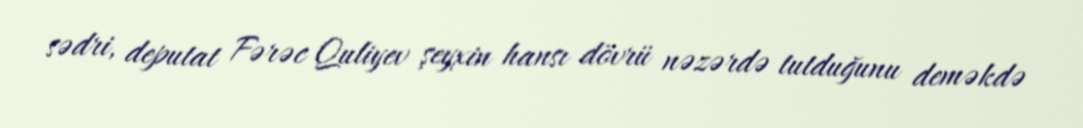
sədri, deputat Fərəc Quliyev şeyxin hansı dövrü nəzərdə tutduğunu deməkdə